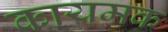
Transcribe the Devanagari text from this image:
कायमक